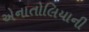
એનાતોલિયાની